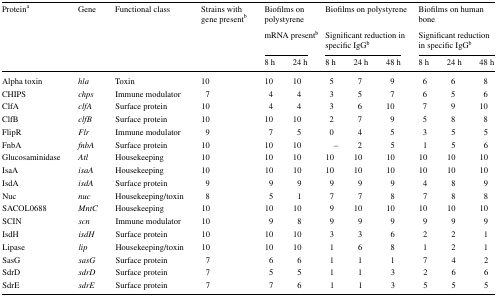
<table><thead><tr><td rowspan="3"><b>Protein<sup>a</sup></b></td><td rowspan="3"><b>Gene</b></td><td rowspan="3"><b>Functional class</b></td><td rowspan="3"><b>Strains with gene present<sup>b</sup></b></td><td colspan="2"><b>Biofilms on polystyrene</b></td><td colspan="3"><b>Biofilms on polystyrene</b></td><td colspan="3"><b>Biofilms on human bone</b></td></tr><tr><td colspan="2"><b>mRNA present<sup>b</sup></b></td><td colspan="3"><b>Significant reduction in specific IgG<sup>b</sup></b></td><td colspan="3"><b>Significant reduction in specific IgG<sup>b</sup></b></td></tr><tr><td><b>8 h</b></td><td><b>24 h</b></td><td><b>8 h</b></td><td><b>24 h</b></td><td><b>48 h</b></td><td><b>8 h</b></td><td><b>24 h</b></td><td><b>48 h</b></td></tr></thead><tbody><tr><td>Alpha toxin</td><td><i>hla</i></td><td>Toxin</td><td>10</td><td>10</td><td>10</td><td>5</td><td>7</td><td>9</td><td>6</td><td>6</td><td>8</td></tr><tr><td>CHIPS</td><td><i>chps</i></td><td>Immune modulator</td><td>7</td><td>4</td><td>4</td><td>3</td><td>5</td><td>7</td><td>6</td><td>5</td><td>6</td></tr><tr><td>ClfA</td><td><i>clfA</i></td><td>Surface protein</td><td>10</td><td>4</td><td>4</td><td>3</td><td>6</td><td>10</td><td>7</td><td>9</td><td>10</td></tr><tr><td>ClfB</td><td><i>clfB</i></td><td>Surface protein</td><td>10</td><td>10</td><td>10</td><td>2</td><td>7</td><td>9</td><td>5</td><td>8</td><td>8</td></tr><tr><td>FlipR</td><td><i>Flr</i></td><td>Immune modulator</td><td>9</td><td>7</td><td>5</td><td>0</td><td>4</td><td>5</td><td>3</td><td>5</td><td>5</td></tr><tr><td>FnbA</td><td><i>fnbA</i></td><td>Surface protein</td><td>10</td><td>10</td><td>10</td><td>–</td><td>2</td><td>5</td><td>1</td><td>5</td><td>6</td></tr><tr><td>Glucosaminidase</td><td><i>Atl</i></td><td>Housekeeping</td><td>10</td><td>10</td><td>10</td><td>10</td><td>10</td><td>10</td><td>10</td><td>10</td><td>10</td></tr><tr><td>IsaA</td><td><i>isaA</i></td><td>Housekeeping</td><td>10</td><td>10</td><td>10</td><td>10</td><td>10</td><td>10</td><td>10</td><td>10</td><td>10</td></tr><tr><td>IsdA</td><td><i>isdA</i></td><td>Surface protein</td><td>9</td><td>9</td><td>9</td><td>9</td><td>9</td><td>9</td><td>4</td><td>8</td><td>9</td></tr><tr><td>Nuc</td><td><i>nuc</i></td><td>Housekeeping/toxin</td><td>8</td><td>5</td><td>1</td><td>7</td><td>7</td><td>8</td><td>7</td><td>8</td><td>8</td></tr><tr><td>SACOL0688</td><td><i>MntC</i></td><td>Housekeeping</td><td>10</td><td>10</td><td>10</td><td>9</td><td>10</td><td>10</td><td>10</td><td>10</td><td>10</td></tr><tr><td>SCIN</td><td><i>scn</i></td><td>Immune modulator</td><td>10</td><td>9</td><td>8</td><td>9</td><td>9</td><td>9</td><td>9</td><td>9</td><td>9</td></tr><tr><td>IsdH</td><td><i>isdH</i></td><td>Surface protein</td><td>10</td><td>10</td><td>10</td><td>3</td><td>3</td><td>6</td><td>2</td><td>2</td><td>1</td></tr><tr><td>Lipase</td><td><i>lip</i></td><td>Housekeeping/toxin</td><td>10</td><td>10</td><td>10</td><td>1</td><td>6</td><td>8</td><td>1</td><td>2</td><td>1</td></tr><tr><td>SasG</td><td><i>sasG</i></td><td>Surface protein</td><td>7</td><td>6</td><td>6</td><td>1</td><td>1</td><td>1</td><td>7</td><td>4</td><td>2</td></tr><tr><td>SdrD</td><td><i>sdrD</i></td><td>Surface protein</td><td>7</td><td>5</td><td>5</td><td>1</td><td>1</td><td>3</td><td>2</td><td>6</td><td>6</td></tr><tr><td>SdrE</td><td><i>sdrE</i></td><td>Surface protein</td><td>7</td><td>7</td><td>6</td><td>1</td><td>1</td><td>3</td><td>5</td><td>5</td><td>5</td></tr></tbody></table>